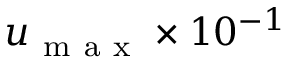
u _ { \mathrm { ~ m ~ a ~ x ~ } } \times 1 0 ^ { - 1 }